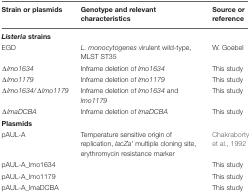
<table><thead><tr><td><b>Strain or plasmids</b></td><td><b>Genotype and relevant characteristics</b></td><td><b>Source or reference</b></td></tr></thead><tbody><tr><td><b><i>Listeria</i> strains</b></td><td>[EMPTY_CELL]</td></tr><tr><td>EGD</td><td><i>L. monocytogenes</i> virulent wild-type, MLST ST35</td><td>W. Goebel</td></tr><tr><td>Δ<i>lmo1634</i></td><td>Inframe deletion of <i>lmo1634</i></td><td>This study</td></tr><tr><td>Δ<i>lmo1179</i></td><td>Inframe deletion of <i>lmo1179</i></td><td>This study</td></tr><tr><td>Δ<i>lmo1634/</i>Δ<i>lmo1179</i></td><td>Inframe deletion of <i>lmo1634</i> and <i>lmo1179</i></td><td>This study</td></tr><tr><td>Δ<i>lmaDCBA</i></td><td>Inframe deletion of <i>lmaDCBA</i></td><td>This study</td></tr><tr><td><b>Plasmids</b></td><td>[EMPTY_CELL]</td><td>[EMPTY_CELL]</td></tr><tr><td>pAUL-A</td><td>Temperature sensitive origin of replication, <i>lacZa’</i> multiple cloning site, erythromycin resistance marker</td><td>Chakraborty et al., 1992</td></tr><tr><td>pAUL-A_lmo1634</td><td>[EMPTY_CELL]</td><td>This study</td></tr><tr><td>pAUL-A_lmo1179</td><td>[EMPTY_CELL]</td><td>This study</td></tr><tr><td>pAUL-A_lmaDCBA</td><td>[EMPTY_CELL]</td><td>This study</td></tr></tbody></table>